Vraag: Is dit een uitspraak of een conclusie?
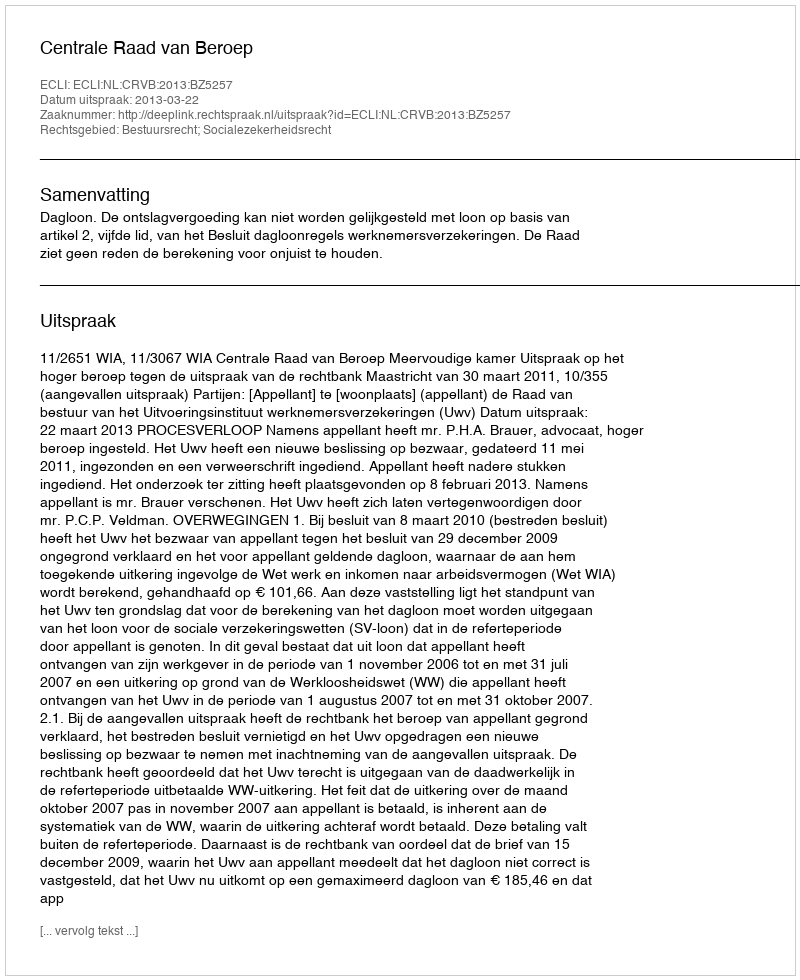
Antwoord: Uitspraak